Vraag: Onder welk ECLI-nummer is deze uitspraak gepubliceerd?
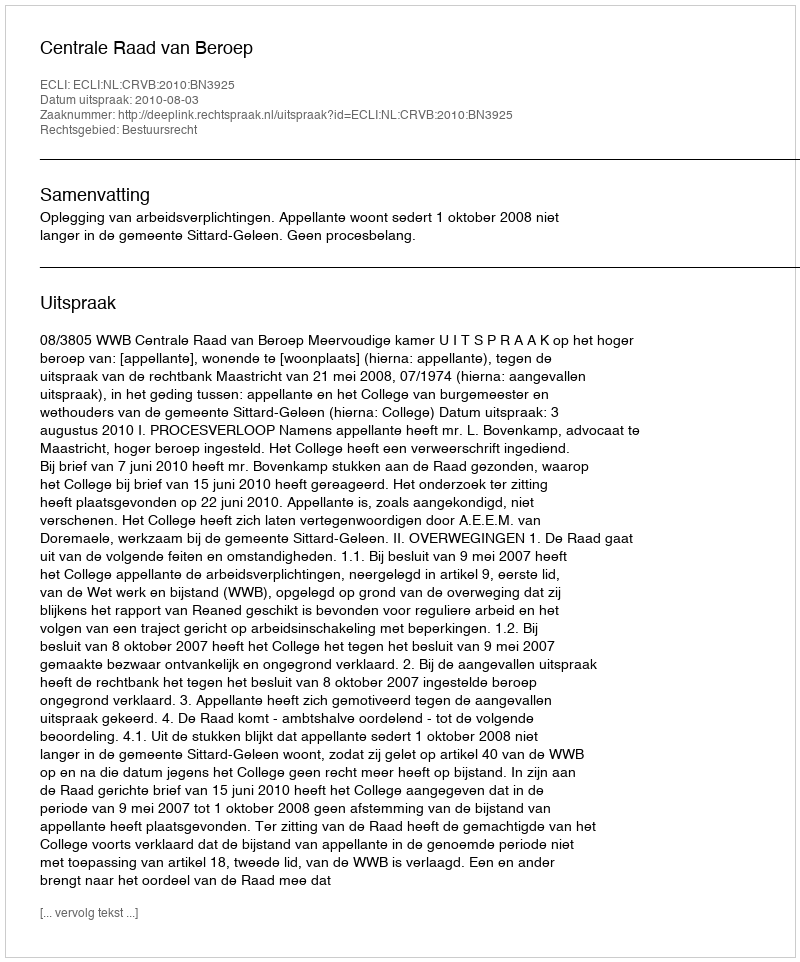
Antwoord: ECLI:NL:CRVB:2010:BN3925